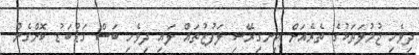
ދިވެހި ޖުމުލަތަކުގެ ތެރެއަށް އިނގިރޭސި ލަފުޒުތައް ލައި ދިވެހި ބަސް ގަޑުބަޑު ކޮށްގެން